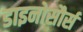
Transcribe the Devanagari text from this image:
डाइनोसौर्स